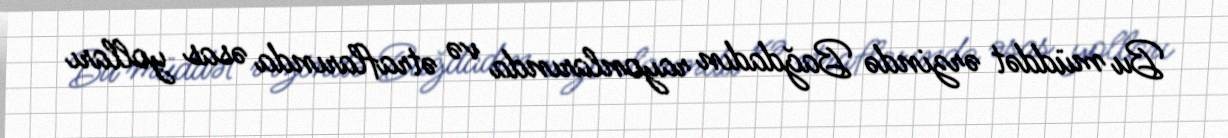
Bu müddət ərzində Bağdadın rayonlarında və ətraflarında əsas yolları